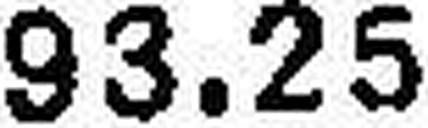
93.25